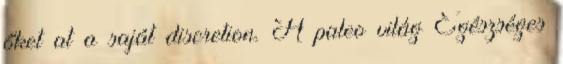
őket at a saját discretion. A paleo világ Egészséges